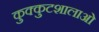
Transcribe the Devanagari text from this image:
कुक्कुटशालाओं